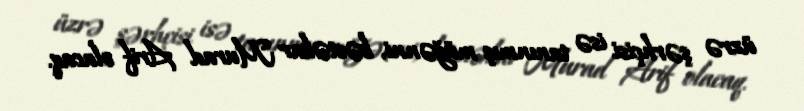
üzrə şərhçisi isə tanınmış müğənni, bəstəkar Murad Arif olacaq.